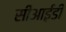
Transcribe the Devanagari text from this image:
सीआई़डी